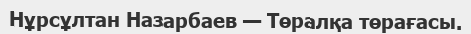
Нұрсұлтан Назарбаев — Төралқа төрағасы.